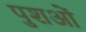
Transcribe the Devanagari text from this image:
पुशओं